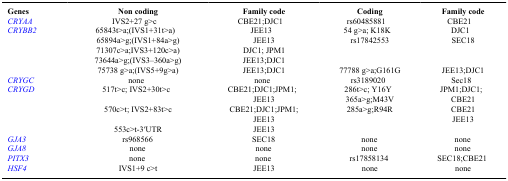
<table><thead><tr><td><b>Genes</b></td><td><b>Non coding</b></td><td><b>Family code</b></td><td><b>Coding</b></td><td><b>Family code</b></td></tr></thead><tbody><tr><td>CRYAA</td><td>IVS2+27 g&gt;c</td><td>CBE21;DJC1</td><td>rs60485881</td><td>CBE21</td></tr><tr><td>CRYBB2</td><td>65843t&gt;a;(IVS1+31t&gt;a)</td><td>JEE13</td><td>54 g&gt;a; K18K</td><td>DJC1</td></tr><tr><td> </td><td>65894a&gt;g;(IVS1+84a&gt;g)</td><td>JEE13</td><td>rs17842553</td><td>SEC18</td></tr><tr><td> </td><td>71307c&gt;a;IVS3+120c&gt;a)</td><td>DJC1; JPM1</td><td> </td><td> </td></tr><tr><td> </td><td>73644a&gt;g;(IVS3–360a&gt;g)</td><td>JEE13;DJC1</td><td> </td><td> </td></tr><tr><td> </td><td>75738 g&gt;a;(IVS5+9g&gt;a)</td><td>JEE13;DJC1</td><td>77788 g&gt;a;G161G</td><td>JEE13;DJC1</td></tr><tr><td>CRYGC</td><td>none</td><td>none</td><td>rs3189020</td><td>Sec18</td></tr><tr><td>CRYGD</td><td>517t&gt;c; IVS2+30t&gt;c</td><td>CBE21;DJC1;JPM1;</td><td>286t&gt;c; Y16Y</td><td>JPM1;DJC1;</td></tr><tr><td> </td><td> </td><td>JEE13</td><td>365a&gt;g;M43V</td><td>CBE21</td></tr><tr><td> </td><td>570c&gt;t; IVS2+83t&gt;c</td><td>CBE21;DJC1;JPM1;</td><td>285a&gt;g;R94R</td><td>CBE21</td></tr><tr><td> </td><td> </td><td>JEE13</td><td> </td><td>JEE13</td></tr><tr><td> </td><td>553c&gt;t-3′UTR</td><td>JEE13</td><td> </td><td> </td></tr><tr><td>GJA3</td><td>rs968566</td><td>SEC18</td><td>none</td><td>none</td></tr><tr><td>GJA8</td><td>none</td><td>none</td><td>none</td><td>none</td></tr><tr><td>PITX3</td><td>none</td><td>none</td><td>rs17858134</td><td>SEC18;CBE21</td></tr><tr><td>HSF4</td><td>IVS1+9 c&gt;t</td><td>JEE13</td><td>none</td><td>none</td></tr></tbody></table>